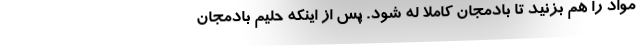
مواد را هم بزنید تا بادمجان کاملا له شود. پس از اینکه حلیم بادمجان